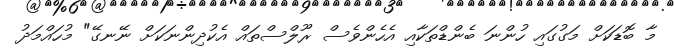
މާ ބޮޑަކަށް މަގުގައި ހުންނަ ބެންޑްތަކާއި އެހެންވެސް ރޫލްސްތައް އެކުދިންނަކަށް ނޭނގޭ" މުހައްމަދު